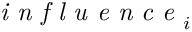
\textit { i n f l u e n c e } _ { i }